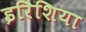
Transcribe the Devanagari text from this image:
इरिशिया